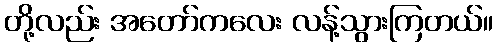
တို့လည်း အတော်ကလေး လန့်သွားကြတယ်။